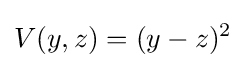
V(y,z)=(y-z)^{2}